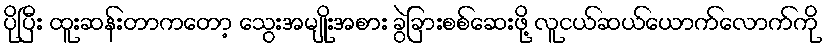
ပိုပြီး ထူးဆန်းတာကတော့ သွေးအမျိုးအစား ခွဲခြားစစ်ဆေးဖို့ လူငယ်ဆယ်ယောက်လောက်ကို